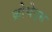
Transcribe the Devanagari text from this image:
क्रोचेट्स